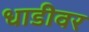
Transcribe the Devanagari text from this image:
धाडीवर